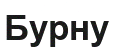
Бурну